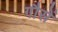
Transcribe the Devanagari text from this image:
गौसें